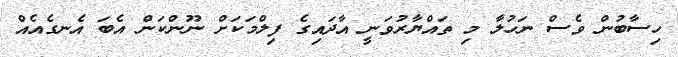
ހިސާބުން ވެސް ނަހުލާ މި ތައްޔާރުވަނީ އާދައިގެ ފިލްމަކަށް ނޫންކަން އެބަ އެނގެއެއް